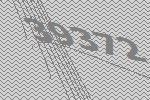
39372